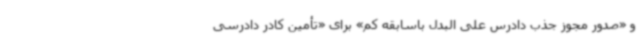
و «صدور مجوز جذب دادرس علی البدل باسابقه کم» برای «تأمین کادر دادرسی